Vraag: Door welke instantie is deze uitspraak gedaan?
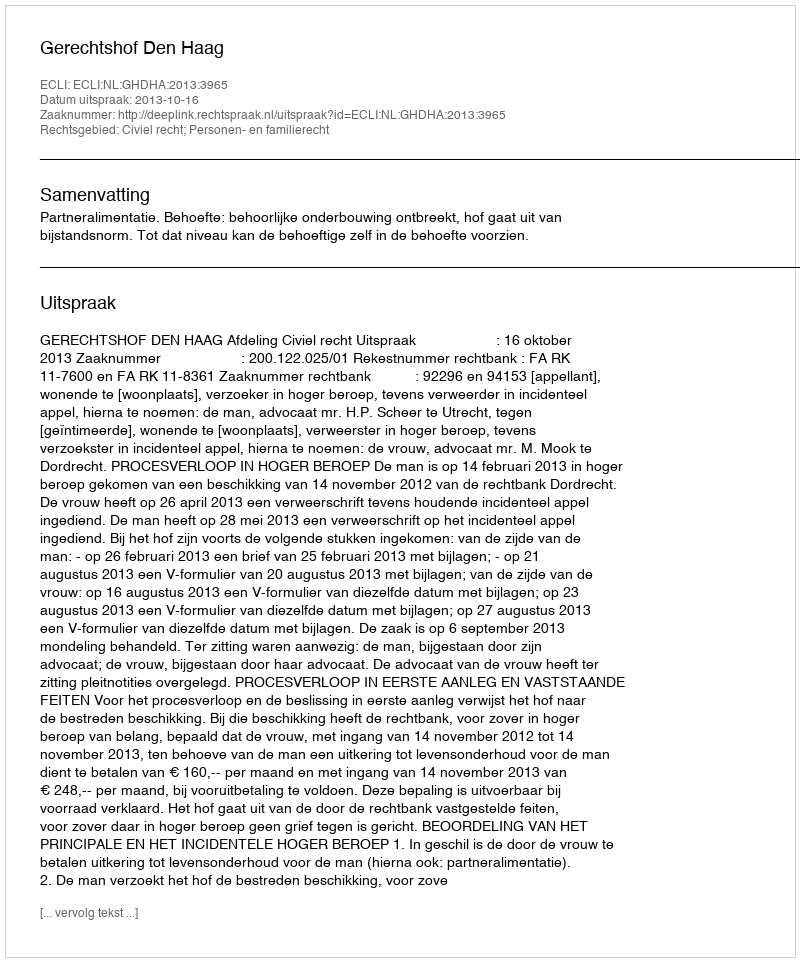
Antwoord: Gerechtshof Den Haag